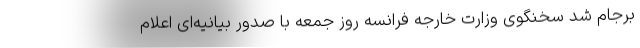
برجام شد سخنگوی وزارت خارجه فرانسه روز جمعه با صدور بیانیه‌ای اعلام